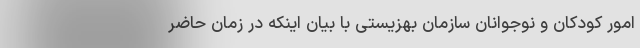
امور کودکان و نوجوانان سازمان بهزیستی با بیان اینکه در زمان حاضر